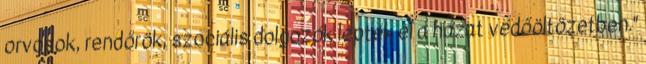
orvosok, rendőrök, szociális dolgozók lepték el a házat védőöltözetben."